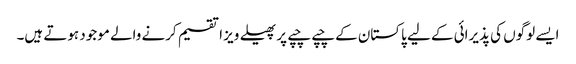
ایسے لوگوں کی پذیرائی کے لیے پاکستان کے چپے چپے پر پھیلے ویز ا تقسیم کرنے والے موجود ہوتے ہیں۔